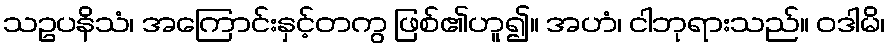
သဥပနိသံ၊ အကြောင်းနှင့်တကွ ဖြစ်၏ဟူ၍။ အဟံ၊ ငါဘုရားသည်။ ဝဒါမိ၊